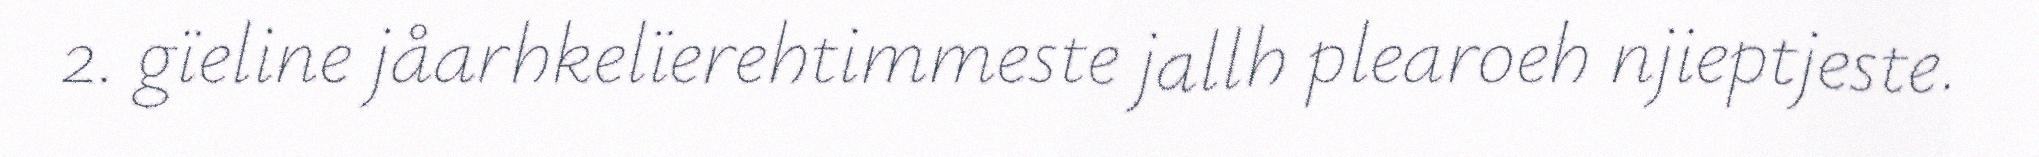
2. gïeline jåarhkelïerehtimmeste jallh plearoeh njieptjeste.